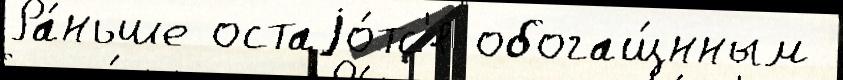
Ра́ньше остаjо́тс'я обогащ́нным